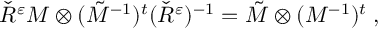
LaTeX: \check { R } ^ { \varepsilon } M \otimes ( \tilde { M } ^ { - 1 } ) ^ { t } ( \check { R } ^ { \varepsilon } ) ^ { - 1 } = \tilde { M } \otimes ( M ^ { - 1 } ) ^ { t } \; ,